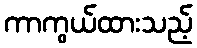
ကာကွယ်ထားသည့်